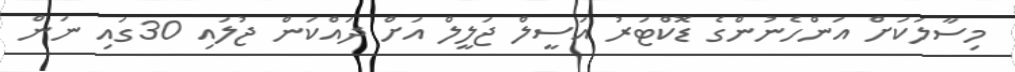
މިސާލަކަށް އަންހެނުންގެ ޑޮކްޓަރު އަސީލް ޖަލީލް އަށް ދައްކަން ޖުލައި 30ގައި ނަން